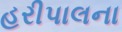
હરીપાલના